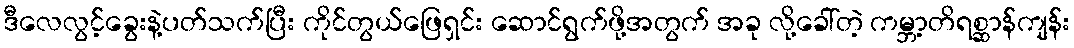
ဒီလေလွင့်ခွေးနဲ့ပတ်သက်ပြီး ကိုင်တွယ်ဖြေရှင်း ဆောင်ရွက်ဖို့အတွက် အခု လို့ခေါ်တဲ့ ကမ္ဘာ့တိရစ္ဆာန်ကျန်း